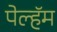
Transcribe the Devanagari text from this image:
पेल्हॅम